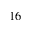
_ { 1 6 }